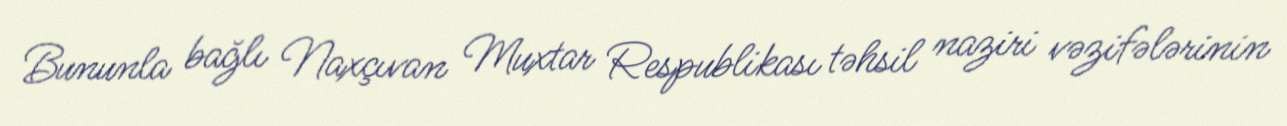
Bununla bağlı Naxçıvan Muxtar Respublikası təhsil naziri vəzifələrinin